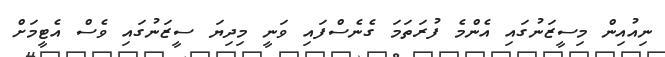
ނިއުއިން މިސީޒަނުގައި އެންމެ ފުރަތަމަ ގެނެސްފައި ވަނީ މިދިޔަ ސީޒަނުގައި ވެސް އެޓީމަށް